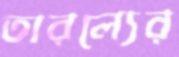
তারল্যের